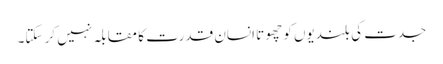
جدت کی بلندیوں کو چھوتا انسان قدرت کا مقابلہ نہیں کر سکتا۔